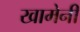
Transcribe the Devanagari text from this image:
खामेनी